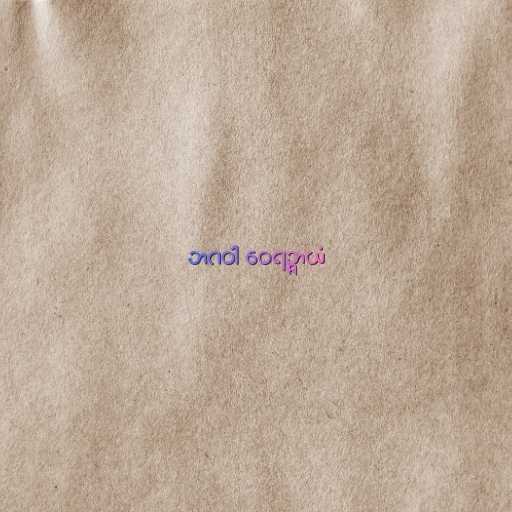
ဘဂဝါ ဝေရဉ္ဇာယံ